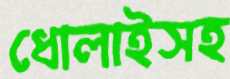
ধোলাইসহ